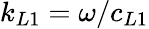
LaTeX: k_{L1}=\omega/c_{L1}